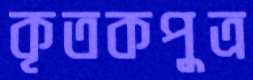
কৃতকপুত্র